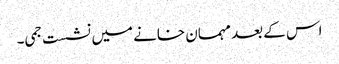
اس کے بعد مہمان خانے میں نشست جمی۔